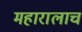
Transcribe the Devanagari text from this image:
महारालाच